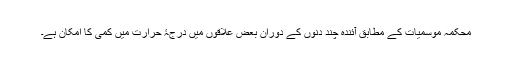
محکمہ موسمیات کے مطابق آئندہ چند دنوں کے دوران بعض علاقوں میں درجۂ حرارت میں کمی کا امکان ہے۔